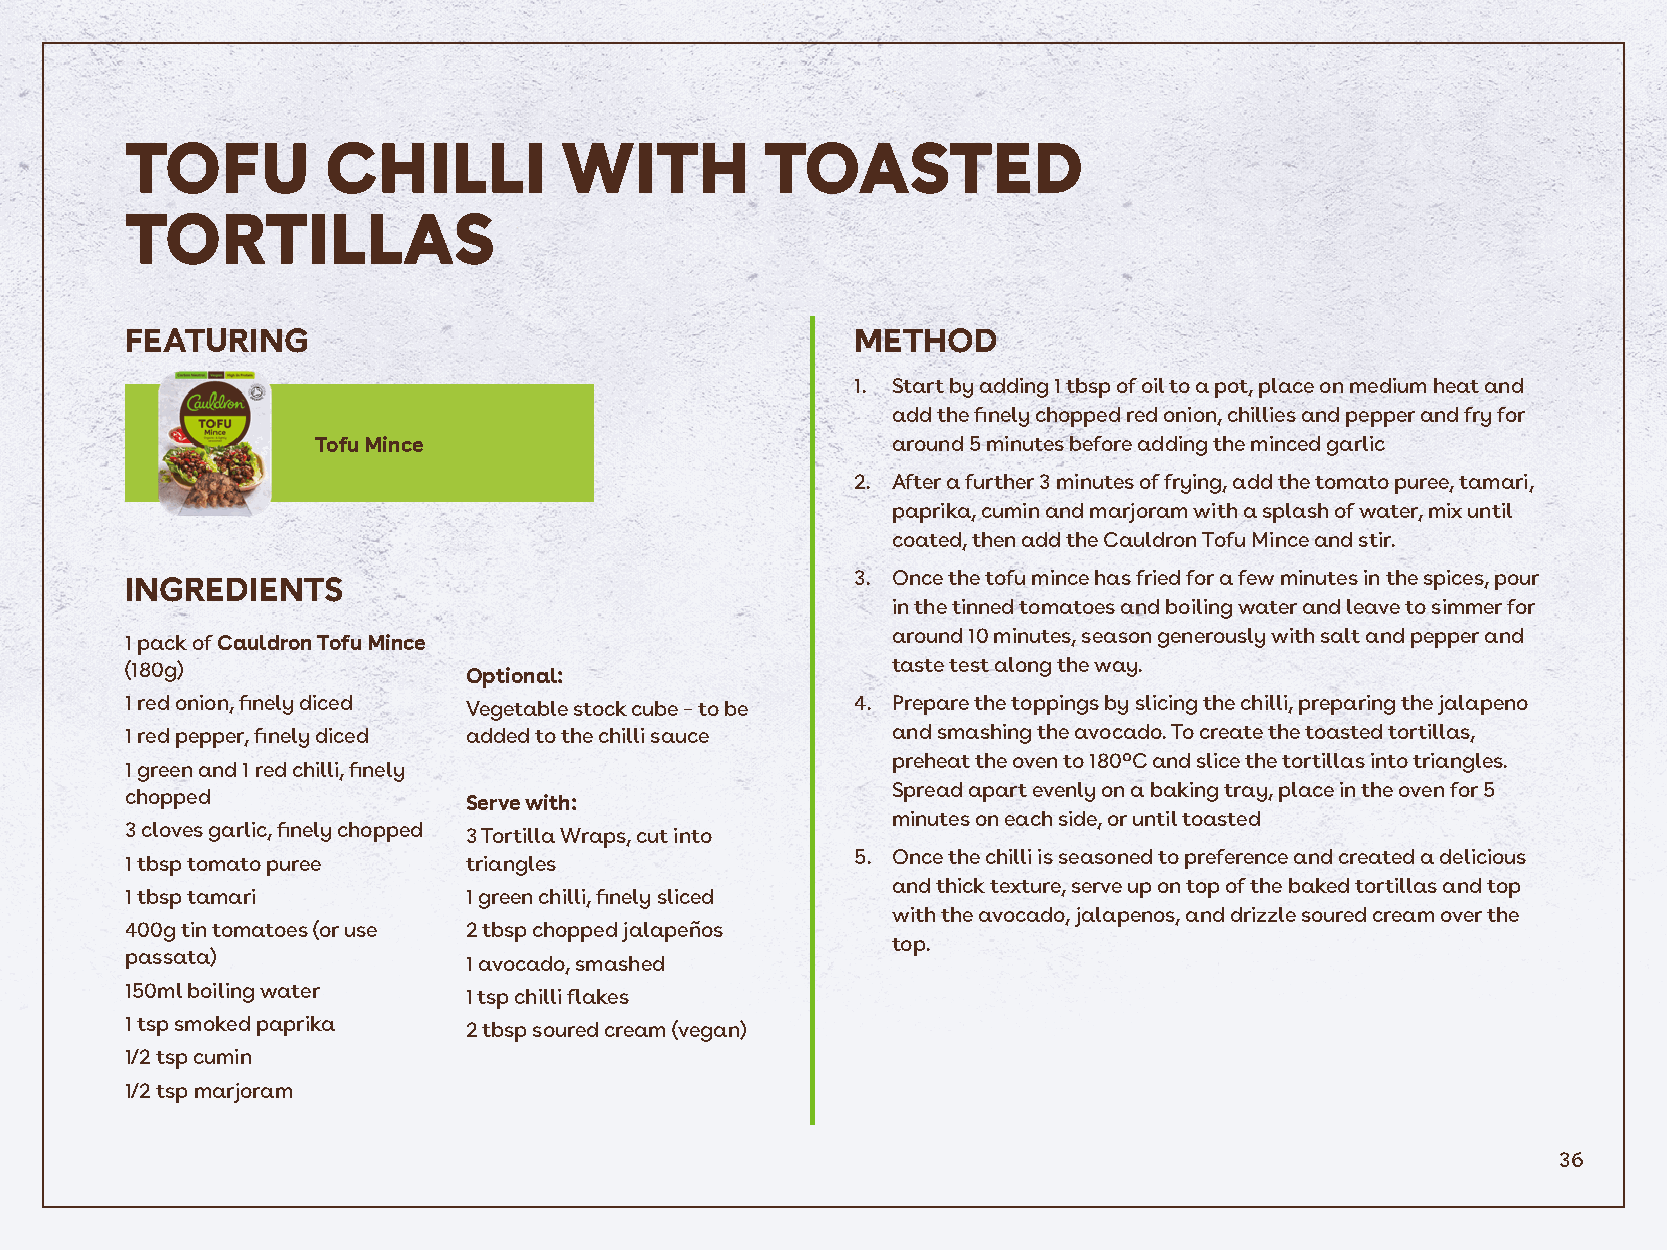
TOFU         CHILLI          WITH          TOASTED
 TORTILLAS
 FEATURING                                        METHOD
 1. Start by adding 1 tbsp of oil to a pot, place on medium heat and
 add the finely chopped red onion, chillies and pepper and fry for
 Tofu Mince                            around 5 minutes before adding the minced garlic
 2. After a further 3 minutes of frying, add the tomato puree, tamari,
 paprika, cumin and marjoram with a splash of water, mix until
 coated, then add the Cauldron Tofu Mince and stir.
 3. Once the tofu mince has fried for a few minutes in the spices, pour
 INGREDIENTS
 in the tinned tomatoes and boiling water and leave to simmer for
 around 10 minutes, season generously with salt and pepper and
 1 pack of Cauldron Tofu Mince
 (180g)                                             taste test along the way.
 Optional:
 1 red onion, finely diced Vegetable stock cube – to be 4. Prepare the toppings by slicing the chilli, preparing the jalapeno
 1 red pepper, finely diced added to the chilli sauce and smashing the avocado. To create the toasted tortillas,
 preheat the oven to 180ºC and slice the tortillas into triangles.
 1 green and 1 red chilli, finely
 Spread apart evenly on a baking tray, place in the oven for 5
 chopped
 Serve with:
 minutes on each side, or until toasted
 3 cloves garlic, finely chopped 3 Tortilla Wraps, cut into
 5. Once the chilli is seasoned to preference and created a delicious
 1 tbsp tomato puree    triangles
 and thick texture, serve up on top of the baked tortillas and top
 1 tbsp tamari          1 green chilli, finely sliced
 with the avocado, jalapenos, and drizzle soured cream over the
 400g tin tomatoes (or use 2 tbsp chopped jalapeños
 top.
 passata)               1 avocado, smashed
 150ml boiling water    1 tsp chilli flakes
 1 tsp smoked paprika   2 tbsp soured cream (vegan)
 1/2 tsp cumin
 1/2 tsp marjoram
 36